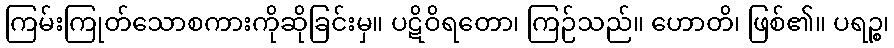
ကြမ်းကြုတ်သောစကားကိုဆိုခြင်းမှ။ ပဋိဝိရတော၊ ကြဉ်သည်။ ဟောတိ၊ ဖြစ်၏။ ပရဉ္စ၊